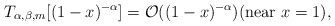
\begin{align*}T_{\alpha,\beta, m}[(1-x)^{-\alpha}]=\mathcal O ((1-x)^{-\alpha}) \mbox{(near }x=1\mbox{)},\end{align*}